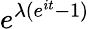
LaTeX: \! \, e^{\lambda(e^{it}-1)}